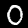
Label: 0